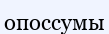
опоссумы